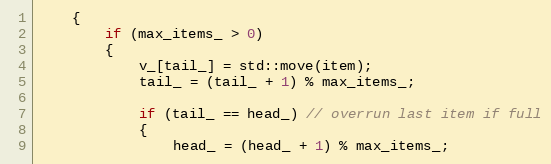
Language: C
    {
        if (max_items_ > 0)
        {
            v_[tail_] = std::move(item);
            tail_ = (tail_ + 1) % max_items_;

            if (tail_ == head_) // overrun last item if full
            {
                head_ = (head_ + 1) % max_items_;